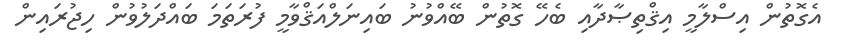
އެގޮތުން އިސްލާމީ އިޤްތިޞާދާއި ބެހޭ ގޮތުން ބޭއްވުނު ބައިނަލްއަޤްވާމީ ފުރަތަމަ ބައްދަލުވުން ހިޖުރައިން